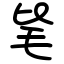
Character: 毞